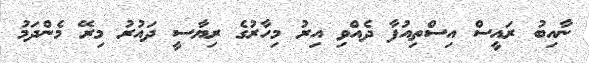
ނާއިބު ރައީސް އިސްތިއުފާ ދެއްވި އިރު މިހާރުގެ ރިޔާސީ ދައުރު މިރޭ މެންދަމު